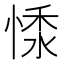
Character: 𢝥